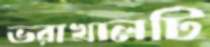
ভরাখালটি